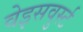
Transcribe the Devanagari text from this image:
वेइसवुर्स्ट